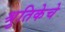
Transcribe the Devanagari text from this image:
श्रुतिकेचे